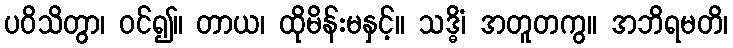
ပဝိသိတွာ၊ ဝင်၍။ တာယ၊ ထိုမိန်းမနှင့်။ သဒ္ဓိံ၊ အတူတကွ။ အဘိရမတိ၊